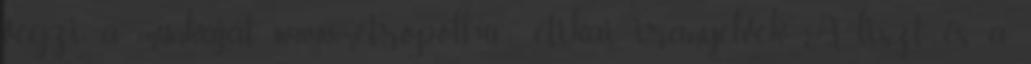
végzi a munkáját. www.metropol.hu etikai iranyelvek A liszt és a